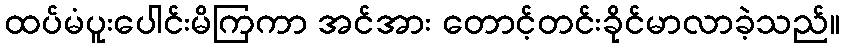
ထပ်မံပူးပေါင်းမိကြကာ အင်အား တောင့်တင်းခိုင်မာလာခဲ့သည်။